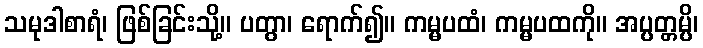
သမုဒါစာရံ၊ ဖြစ်ခြင်းသို့။ ပတွာ၊ ရောက်၍။ ကမ္မပထံ၊ ကမ္မပထကို။ အပ္ပတ္တမ္ပိ၊